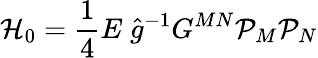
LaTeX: {\cal H}_{0}={\frac{1}{4}}E\; \hat{g}^{-1}G^{MN}{\cal P}_{M}{\cal P}_{N}